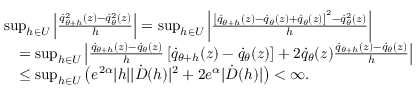
\begin{array} { r l } & { \operatorname* { s u p } _ { h \in U } \left| \frac { \dot { q } _ { \theta + h } ^ { 2 } ( z ) - \dot { q } _ { \theta } ^ { 2 } ( z ) } { h } \right| = \operatorname* { s u p } _ { h \in U } \left| \frac { \left[ \dot { q } _ { \theta + h } ( z ) - \dot { q } _ { \theta } ( z ) + \dot { q } _ { \theta } ( z ) \right] ^ { 2 } - \dot { q } _ { \theta } ^ { 2 } ( z ) } { h } \right| } \\ & { \quad = \operatorname* { s u p } _ { h \in U } \left| \frac { \dot { q } _ { \theta + h } ( z ) - \dot { q } _ { \theta } ( z ) } { h } \left[ \dot { q } _ { \theta + h } ( z ) - \dot { q } _ { \theta } ( z ) \right] + 2 \dot { q } _ { \theta } ( z ) \frac { \dot { q } _ { \theta + h } ( z ) - \dot { q } _ { \theta } ( z ) } { h } \right| } \\ & { \quad \le \operatorname* { s u p } _ { h \in U } \left( e ^ { 2 \alpha } | h | | \dot { D } ( h ) | ^ { 2 } + 2 e ^ { \alpha } | \dot { D } ( h ) | \right) < \infty . } \end{array}